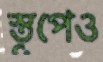
স্তূপেও